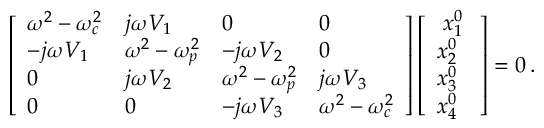
\left[ \begin{array} { l l l l } { { \omega } ^ { 2 } - { \omega } _ { c } ^ { 2 } } & { j { \omega } V _ { 1 } } & { 0 } & { 0 } \\ { - j { \omega } V _ { 1 } } & { { \omega } ^ { 2 } - { \omega } _ { p } ^ { 2 } } & { - j { \omega } V _ { 2 } } & { 0 } \\ { 0 } & { j { \omega } V _ { 2 } } & { { \omega } ^ { 2 } - { \omega } _ { p } ^ { 2 } } & { j { \omega } V _ { 3 } } \\ { 0 } & { 0 } & { - j { \omega } V _ { 3 } } & { { \omega } ^ { 2 } - { \omega } _ { c } ^ { 2 } } \end{array} \right] \left[ \begin{array} { l } { \; x _ { 1 } ^ { 0 } \; } \\ { x _ { 2 } ^ { 0 } } \\ { x _ { 3 } ^ { 0 } } \\ { x _ { 4 } ^ { 0 } } \end{array} \right] = 0 \, .